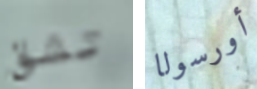
تشق أورسولا